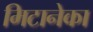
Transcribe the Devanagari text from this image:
मिटानेका